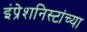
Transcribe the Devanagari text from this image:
इंप्रेशनिस्टांच्या